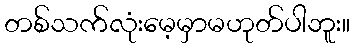
တစ်သက်လုံးမေ့မှာမဟုတ်ပါဘူး။